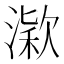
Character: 𣼋